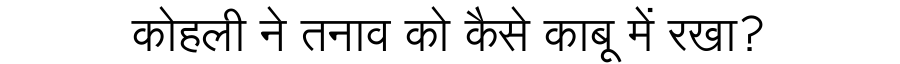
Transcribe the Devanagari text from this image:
कोहली ने तनाव को कैसे काबू में रखा?